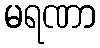
မရဏာ